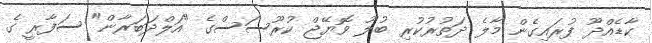
ކާޑެއްދޫ ފުރައިގެން މާލެ ދަތުރުކުރި ބުލޫ ވޮޔޭޖް ކުރޫސަސްގެ "އަލްދަބަރާން" ސަފާރީ ގެ